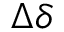
\Delta \delta